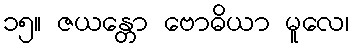
၁၅။ ဇယန္တော ဗောဓိယာ မူလေ၊